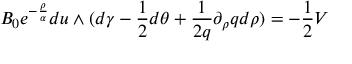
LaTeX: B _ { 0 } e ^ { - { \frac { \rho } { \alpha } } } d u \wedge ( d \gamma - { \frac { 1 } { 2 } } d \theta + { \frac { 1 } { 2 q } } \partial _ { \rho } q d \rho ) = - { \frac { 1 } { 2 } } V